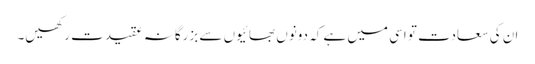
ان کی سعادت تو اسی میں ہے کہ دونوں بھائیوں سے بزرگانہ عقیدت رکھیں۔